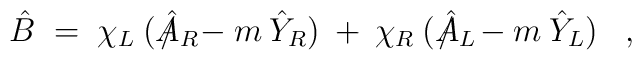
\hat{B} \;=\; \chi_L \:(\hat{A}_R \!\!\!\!\!\!\!\slash \;\:- m \:\hat{Y}_R) \:+\:\chi_R \:(\hat{A}_L \!\!\!\!\!\!\!\slash \;\;- m \:\hat{Y}_L) \;\;\; ,